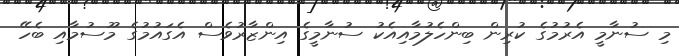
މި ސުނާމީ އެރުމުގެ ކުރިން ބިންހެލުމާއިއެކު ސުނާމީގެ އިންޒާރުވެސް އެގައުމުގެ މޫސުމާއި ބެހޭ